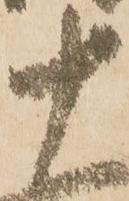
十